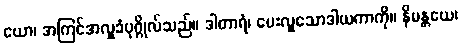
ယော၊ အကြင်အလှူခံပုဂ္ဂိုလ်သည်။ ဒါတာရံ၊ ပေးလှူသောဒါယကာကို။ နိမန္တယေ၊